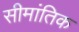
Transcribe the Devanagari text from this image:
सीमांतिक